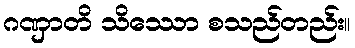
ဂဏှာတိ သိဿော စသည်တည်း။